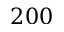
2 0 0